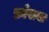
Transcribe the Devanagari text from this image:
फ्राँसवा